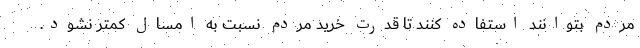
مردم بتوانند استفاده کنند تا قدرت خرید مردم نسبت به امسال کمتر نشود.